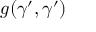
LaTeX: g ( \gamma ^ { \prime } , \gamma ^ { \prime } )